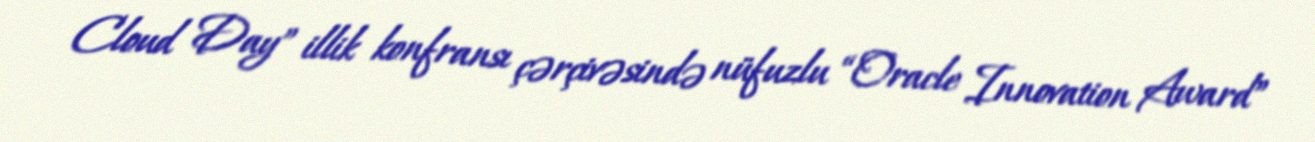
Cloud Day” illik konfransı çərçivəsində nüfuzlu “Oracle Innovation Award”